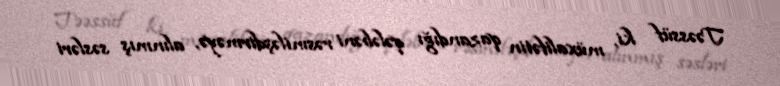
Təəssüf ki, müxalifətin qazandığı qələbəni rəsmiləşdirməyə, alınmış səsləri